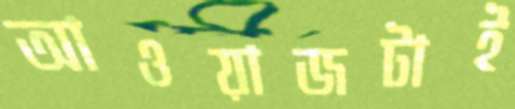
আওয়াজটাই